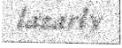
lazarly